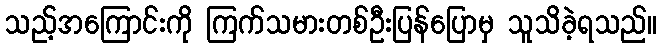
သည့်အကြောင်းကို ကြက်သမားတစ်ဦးပြန်ပြောမှ သူသိခဲ့ရသည်။